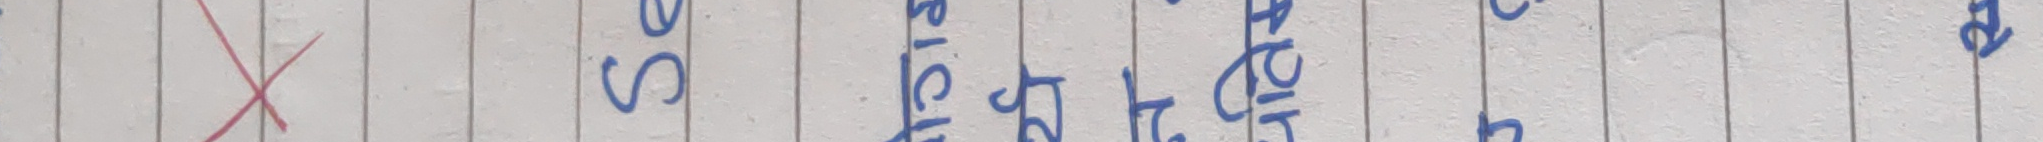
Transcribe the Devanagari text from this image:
से डिष्टि h